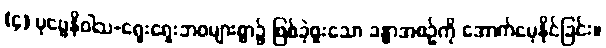
(၄) ပုဗ္ဗေနိဝါသ-ရှေးရှေးဘဝများစွာ၌ ဖြစ်ခဲ့ဖူးသော ခန္ဓာအစဉ်ကို အောက်မေ့နိုင်ခြင်း။